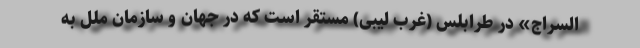
السراج» در طرابلس (غرب لیبی) مستقر است که در جهان و سازمان ملل به